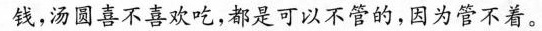
钱，汤圆喜不喜欢吃，都是可以不管的，因为管不着。